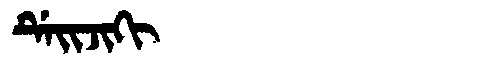
Manchu: ᡩᡝᡳᠵᡳᡴᡳ
Romanization: DEIJIKI